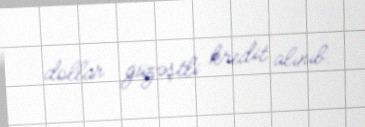
dollar güzəştli kredit alınıb.